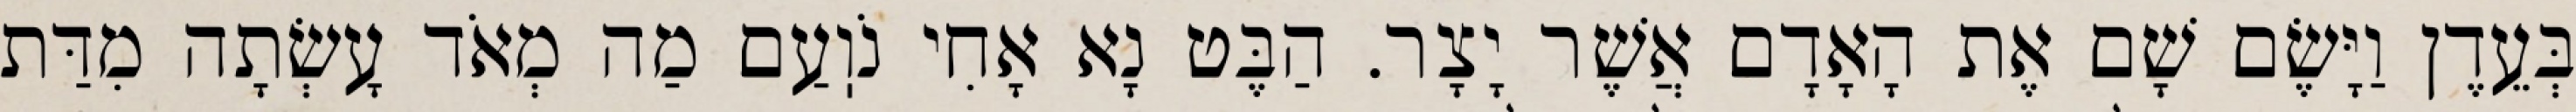
בְּעֵדֶן וַיָּשֶׂם שָׁם אֶת הָאָדָם אֲשֶׁר יָצָר. הַבֶּט נָא אָחִי נֹוֽעַם מַה מְאֹד עָשְׂתָה מִדַּת